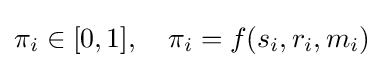
\pi _{i}\in [0,1],\quad \pi _{i}=f(s_{i},r_{i},m_{i})